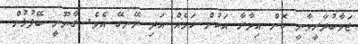
ޖަވާބުދާރީވާނީ ކޮން އިދާރާ އަކުން ކަމެއް އަދި ނޭނގޭ އެވެ. ގާނޫނީ ބޭފުޅުން